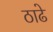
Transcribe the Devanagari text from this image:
ठाढे